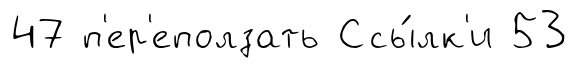
47 п'ер'еползать Ссы́лк'и 53